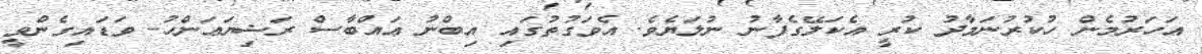
އަހަރުމެން ހުކުރުނަމާދު ކުރީ އެކަލޭގެފާނު ނުލަޔެވެ. އެވަގުތުގައި އިބްނު ޢައްބާސް ރަޟިޔަޢަންހު- ވަޑައިގެންވީ